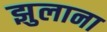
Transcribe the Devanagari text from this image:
झुलाना